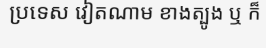
ប្រទេស វៀតណាម ខាងត្បូង ឬ ក៏